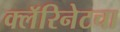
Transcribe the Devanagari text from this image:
क्लॅरिनेटचा